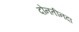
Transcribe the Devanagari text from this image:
दोनतीनदा